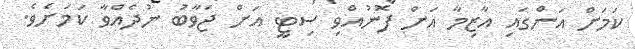
ކަމަށް އަންގައި އާޒިމާ އަށް ފޮނުއްވި ސިޓީ އަށް ޖަވާބު ނުދެއްވާ ކަމަށެވެ.